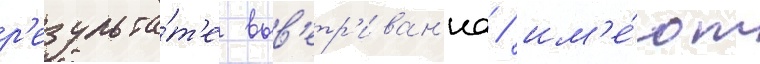
р'езульта́т'е выв'етр'иван'иа / им'е́ют